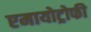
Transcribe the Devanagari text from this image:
एमायोट्रोफी